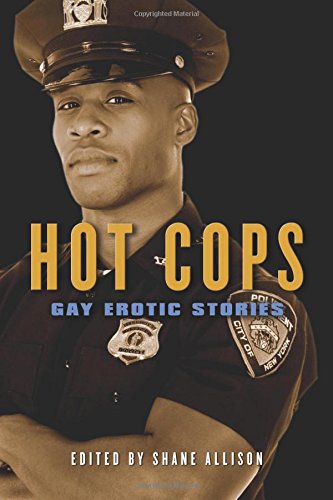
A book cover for Hot Cops: Gay Erotic Stories; Romance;